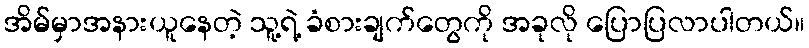
အိမ်မှာအနားယူနေတဲ့ သူ့ရဲ့ ခံစားချက်တွေကို အခုလို ပြောပြလာပါတယ်။